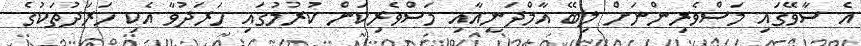
އެ ސާވޭގައި މަސްވެރިންނަށް ލިބޭ އާމްދަނީއާއި މަސްވެރިކަން ކުރުމުގައި ހަރަދުވާ އެކި ހަރަދުތަކުގެ